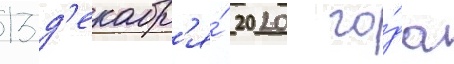
13 д'екабр'я́ 2020 го́да